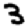
Digit: 3